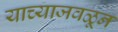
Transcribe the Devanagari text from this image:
याच्याजवळून